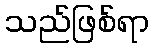
သည်ဖြစ်ရာ